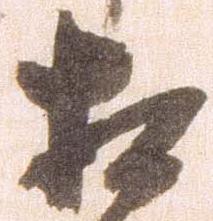
相